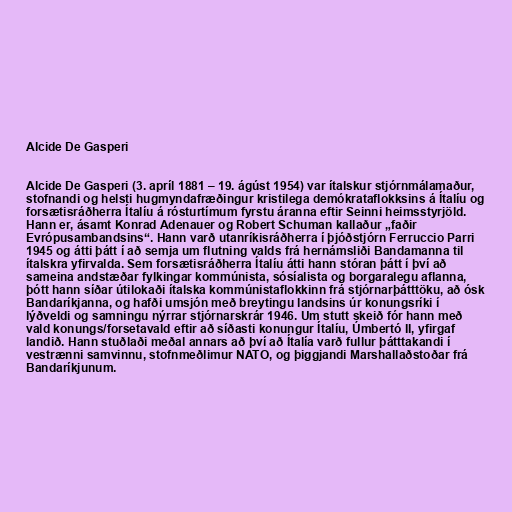
Alcide De Gasperi

Alcide De Gasperi (3. apríl 1881 – 19. ágúst 1954) var ítalskur stjórnmálamaður,
stofnandi og helsti hugmyndafræðingur kristilega demókrataflokksins á Ítalíu og
forsætisráðherra Ítalíu á rósturtímum fyrstu áranna eftir Seinni heimsstyrjöld.
Hann er, ásamt Konrad Adenauer og Robert Schuman kallaður „faðir
Evrópusambandsins“. Hann varð utanríkisráðherra í þjóðstjórn Ferruccio Parri
1945 og átti þátt í að semja um flutning valds frá hernámsliði Bandamanna til
ítalskra yfirvalda. Sem forsætisráðherra Ítalíu átti hann stóran þátt í því að
sameina andstæðar fylkingar kommúnista, sósíalista og borgaralegu aflanna,
þótt hann síðar útilokaði ítalska kommúnistaflokkinn frá stjórnarþátttöku, að ósk
Bandaríkjanna, og hafði umsjón með breytingu landsins úr konungsríki í
lýðveldi og samningu nýrrar stjórnarskrár 1946. Um stutt skeið fór hann með
vald konungs/forsetavald eftir að síðasti konungur Ítalíu, Úmbertó II, yfirgaf
landið. Hann stuðlaði meðal annars að því að Ítalía varð fullur þátttakandi í
vestrænni samvinnu, stofnmeðlimur NATO, og þiggjandi Marshallaðstoðar frá
Bandaríkjunum.